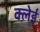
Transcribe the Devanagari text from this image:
क्लेई